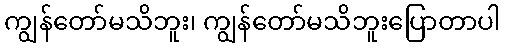
ကျွန်တော်မသိဘူး၊ ကျွန်တော်မသိဘူးပြောတာပါ